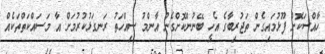
ހާއްސަކޮށް ފޫޅުމައިގެން ތަޖުރިބާގެ އެހީ ބޭނުންކޮށްގެން އާންމު ސިއްހަތު ރަނގަޅުކުރުމަށް އާ މަސައްކަތްތަކެއް